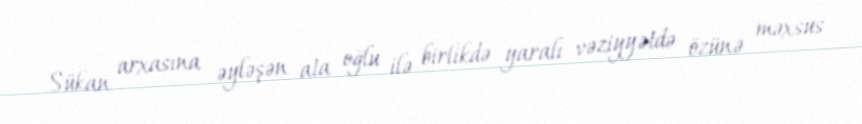
Sükan arxasına əyləşən ata oğlu ilə birlikdə yaralı vəziyyətdə özünə məxsus